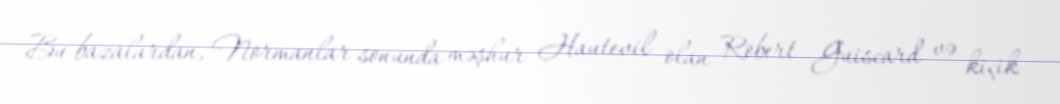
Bu bazalardan, Normanlar sonunda məşhur Hautevil olan Robert Guiscard və kiçik